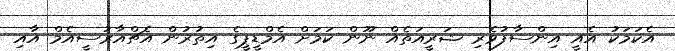
އެކަމަކު އެއީ އިންސާފުވެރި ޝަރީއަތެއް ނޫން ކަމަށް އެމްޑީޕީގެ އިތުރުން އެޗްއާރުސީއެމް އާއި